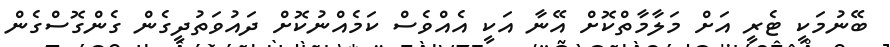
ބޭނުމަކީ ޓެރީ އަށް މަލާމާތްކޮށް އޭނާ އަކީ އެއްވެސް ކަމެއްނުކޮށް ދައުވަތުދީގެން ގެންގޮސްގެން